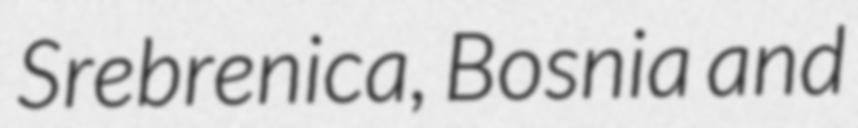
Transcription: Srebrenica, Bosnia and